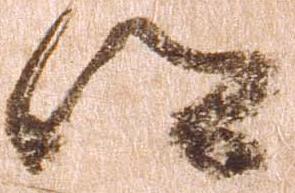
郷